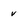
Character: v